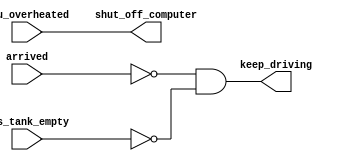
// SPDX-License-Identifier: MIT

// synthesis verilog_input_version verilog_2001
module top_module (
    input      cpu_overheated,
    output  shut_off_computer,
    input      arrived,
    input      gas_tank_empty,
    output  keep_driving  ); //

    assign shut_off_computer = cpu_overheated;

    assign keep_driving = !arrived && !gas_tank_empty;

endmodule